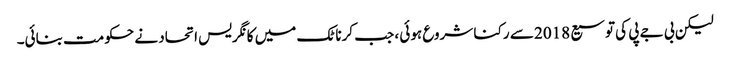
لیکن بی جے پی کی توسیع 2018 سے رکنا شروع ہوئی ، جب کرناٹک میں کانگریس اتحاد نے حکومت بنائی۔